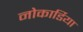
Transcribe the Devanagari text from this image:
नोकार्डिया